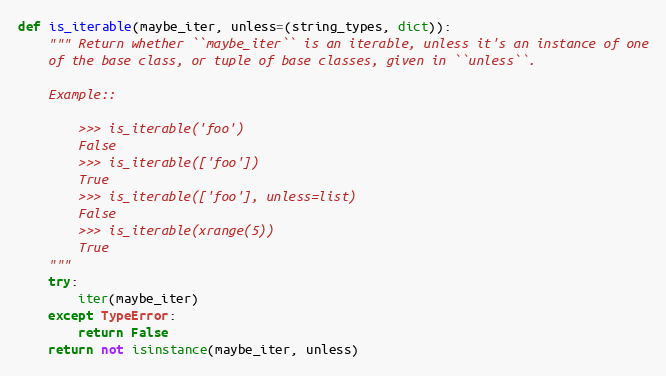
Language: Python
def is_iterable(maybe_iter, unless=(string_types, dict)):
    """ Return whether ``maybe_iter`` is an iterable, unless it's an instance of one
    of the base class, or tuple of base classes, given in ``unless``.

    Example::

        >>> is_iterable('foo')
        False
        >>> is_iterable(['foo'])
        True
        >>> is_iterable(['foo'], unless=list)
        False
        >>> is_iterable(xrange(5))
        True
    """
    try:
        iter(maybe_iter)
    except TypeError:
        return False
    return not isinstance(maybe_iter, unless)